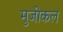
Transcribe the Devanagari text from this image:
मुजीकल